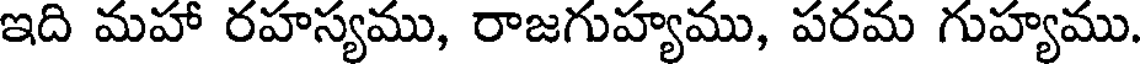
ఇది మహా రహస్యము, రాజగుహ్యము, పరమ గుహ్యము.